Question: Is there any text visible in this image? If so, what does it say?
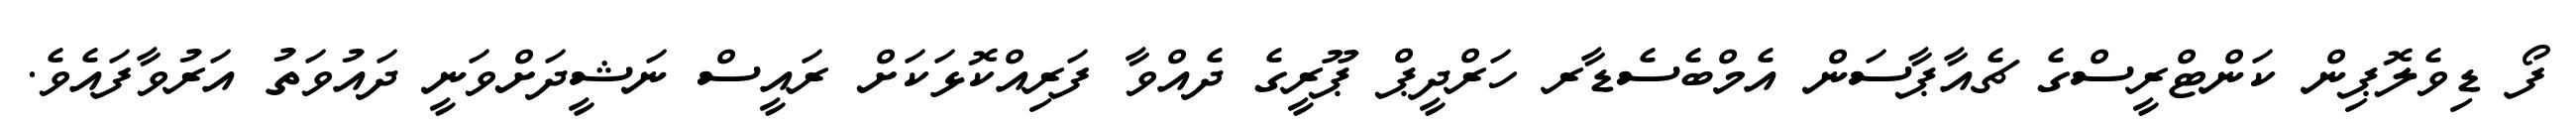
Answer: ފޯ ޑިވެލޮޕިން ކަންޓްރީސްގެ ޗެއާޕާސަން އެމްބެސެޑާރ ހަރްދީޕް ޕޫރީގެ ދެއްވާ ފަރިއްކޮޅަކަށް ރައީސް ނަޝީދަށްވަނީ ދައުވަތު އަރުވާފައެވެ.